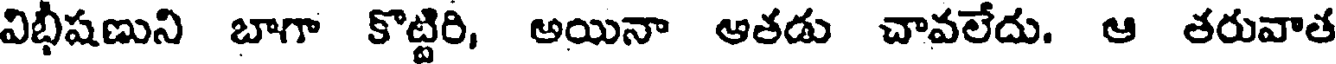
విభీషణుని బాగా కొట్టిరి, అయినా ఆతడు చావలేదు. ఆ తరువాత